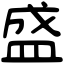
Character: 盛